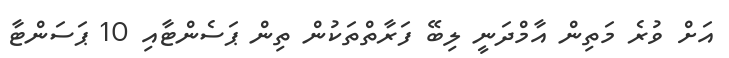
އަށް ވުރެ މަތިން އާމްދަނީ ލިބޭ ފަރާތްތަކުން ތިން ޕަސެންޓާއި 10 ޕަސަންޓާ